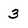
Character: 3